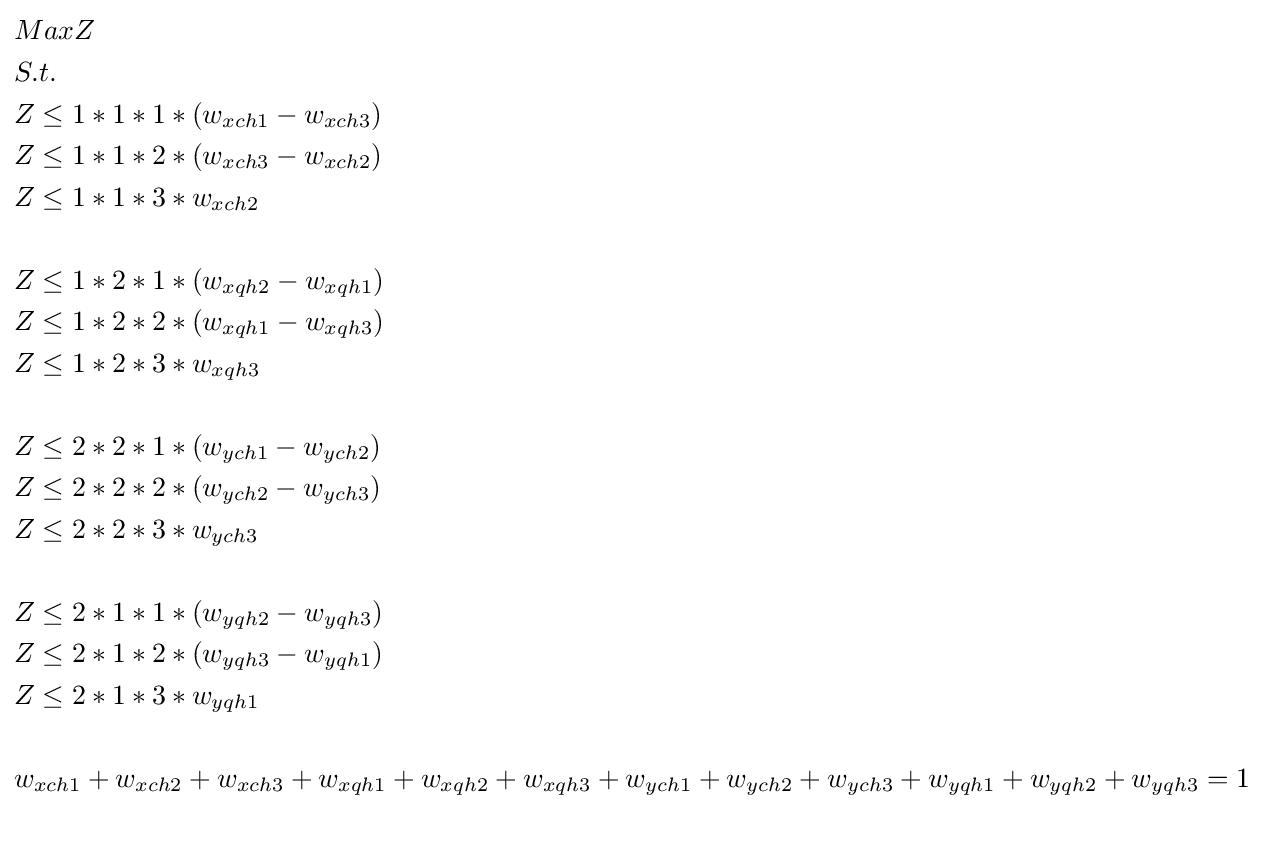
{\begin{aligned}&MaxZ\\&S.t.\\&Z\leq 1*1*1*(w_{xch1}-w_{xch3})\;\;\;\;\\&Z\leq 1*1*2*(w_{xch3}-w_{xch2})\;\;\;\;\\&Z\leq 1*1*3*w_{xch2}\;\;\;\\\\&Z\leq 1*2*1*(w_{xqh2}-w_{xqh1})\;\;\;\;\\&Z\leq 1*2*2*(w_{xqh1}-w_{xqh3})\;\;\;\;\\&Z\leq 1*2*3*w_{xqh3}\;\;\;\\\\&Z\leq 2*2*1*(w_{ych1}-w_{ych2})\;\;\;\;\\&Z\leq 2*2*2*(w_{ych2}-w_{ych3})\;\;\;\;\\&Z\leq 2*2*3*w_{ych3}\;\;\;\\\\&Z\leq 2*1*1*(w_{yqh2}-w_{yqh3})\;\;\;\;\\&Z\leq 2*1*2*(w_{yqh3}-w_{yqh1})\;\;\;\;\\&Z\leq 2*1*3*w_{yqh1}\;\;\;\\\\&w_{xch1}+w_{xch2}+w_{xch3}+w_{xqh1}+w_{xqh2}+w_{xqh3}+w_{ych1}+w_{ych2}+w_{ych3}+w_{yqh1}+w_{yqh2}+w_{yqh3}=1\\\\\end{aligned}}